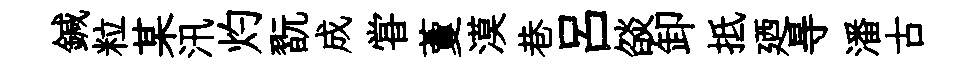
鍼粒某汛灼翫成甞藑漠巷呂燄卸抵廼㝵潘古